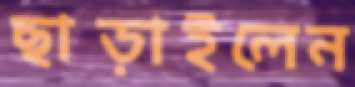
ছাড়াইলেন